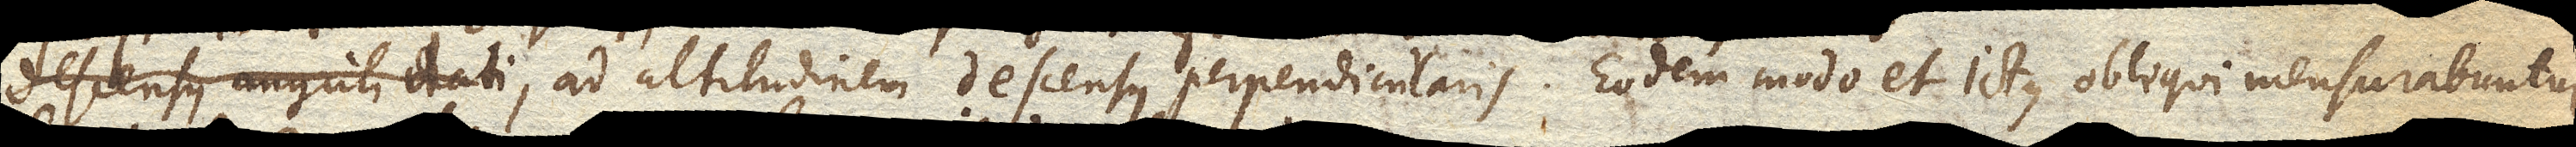
descensus anguli dati descensus inclinationis datae, perpendicularis. Eodem modo et ictus obliqui mensurabuntur.